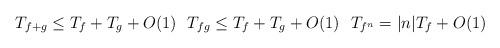
LaTeX: \begin{align*}T_{f+g} \le T_f + T_g + O(1)\ \ T_{fg} \le T_f + T_g + O(1)\ \ T_{f^{n}} = |n|T_f +O(1)\end{align*}